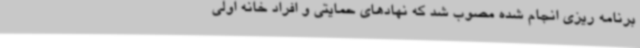
برنامه ریزی انجام شده مصوب شد که نهادهای حمایتی و افراد خانه اولی